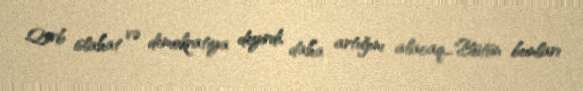
Qərb islahat və demokratiya deyirdi, daha artığını alacaq..."Bütün bunları